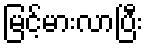
မြင့်မားလာပြီး